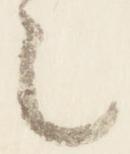
之